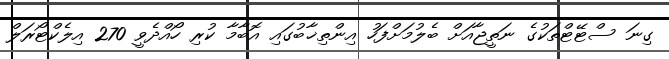
ގިނަ ސްޓޭޓްތަކުގެ ނަތީޖާއަށް ބެލުމަށްފަހު އިންތިޚާބުގައި އޮބާމާ ކުރި ހޯއްދެވީ 270 އިލެކްޓޯރަލް